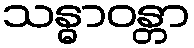
သန္ဓာဝန္တာ